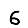
Digit: 6